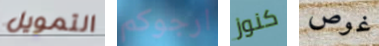
التمويل ارجوكم كنوز غوص